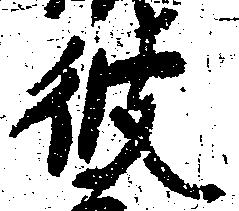
彼